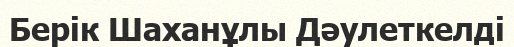
Берік Шаханұлы Дәулеткелді